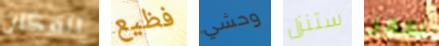
المكان فظيع وحشي ستنزل نقفز